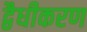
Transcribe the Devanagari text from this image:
द्वैधीकरण